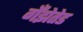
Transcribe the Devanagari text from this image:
गँझेतेड